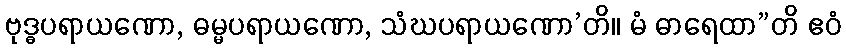
ဗုဒ္ဓပရာယဏော, ဓမ္မပရာယဏော, သံဃပရာယဏော’တိ။ မံ ဓာရေထာ”တိ ဧဝံ